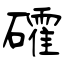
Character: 礭